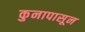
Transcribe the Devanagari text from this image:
कुनापासून